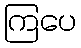
ကြပေ